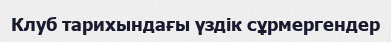
Клуб тарихындағы үздік сұрмергендер